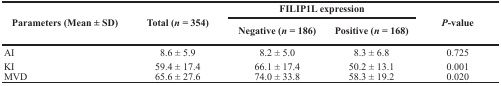
<table><thead><tr><td rowspan="2"><b>Parameters (Mean ± SD)</b></td><td rowspan="2"><b>Total (<i>n</i> = 354)</b></td><td colspan="2"><b>FILIP1L expression</b></td><td rowspan="2"><b><i>P</i>-value</b></td></tr><tr><td><b>Negative (<i>n</i> = 186)</b></td><td><b>Positive (<i>n</i> = 168)</b></td></tr></thead><tbody><tr><td>AI</td><td>8.6 ± 5.9</td><td>8.2 ± 5.0</td><td>8.3 ± 6.8</td><td>0.725</td></tr><tr><td>KI</td><td>59.4 ± 17.4</td><td>66.1 ± 17.4</td><td>50.2 ± 13.1</td><td>0.001</td></tr><tr><td>MVD</td><td>65.6 ± 27.6</td><td>74.0 ± 33.8</td><td>58.3 ± 19.2</td><td>0.020</td></tr></tbody></table>